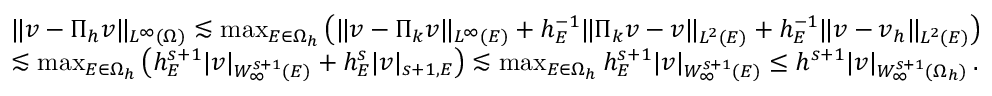
\begin{array} { r l } & { \| \boldsymbol { v } - \Pi _ { h } \boldsymbol { v } \| _ { L ^ { \infty } ( \Omega ) } \lesssim \operatorname* { m a x } _ { E \in \Omega _ { h } } \big ( \| \boldsymbol { v } - \Pi _ { k } \boldsymbol { v } \| _ { L ^ { \infty } ( E ) } + h _ { E } ^ { - 1 } \| \Pi _ { k } \boldsymbol { v } - \boldsymbol { v } \| _ { L ^ { 2 } ( E ) } + h _ { E } ^ { - 1 } \| \boldsymbol { v } - \boldsymbol { v } _ { h } \| _ { L ^ { 2 } ( E ) } \big ) } \\ & { \lesssim \operatorname* { m a x } _ { E \in \Omega _ { h } } \big ( h _ { E } ^ { s + 1 } | \boldsymbol { v } | _ { W _ { \infty } ^ { s + 1 } ( E ) } + h _ { E } ^ { s } | \boldsymbol { v } | _ { s + 1 , E } \big ) \lesssim \operatorname* { m a x } _ { E \in \Omega _ { h } } h _ { E } ^ { s + 1 } | \boldsymbol { v } | _ { W _ { \infty } ^ { s + 1 } ( E ) } \leq h ^ { s + 1 } | \boldsymbol { v } | _ { W _ { \infty } ^ { s + 1 } ( \Omega _ { h } ) } \, . } \end{array}